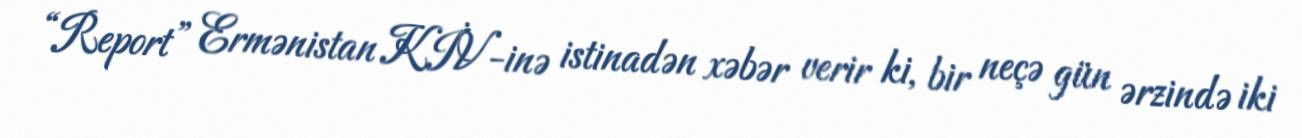
“Report” Ermənistan KİV-inə istinadən xəbər verir ki, bir neçə gün ərzində iki